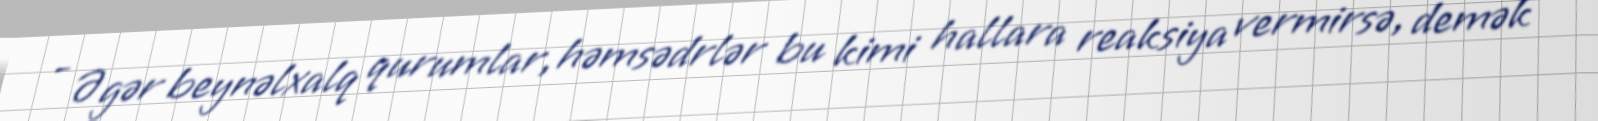
- Əgər beynəlxalq qurumlar, həmsədrlər bu kimi hallara reaksiya vermirsə, demək